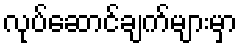
လုပ်ဆောင်ချက်များမှာ